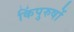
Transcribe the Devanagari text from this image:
किंपुरुषों